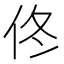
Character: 佟